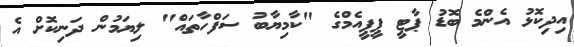
އިދިކޮޅު އެންމެ ބޮޑު ޕާޓީ ޕީޕީއެމްގެ "ކާމިޔާބު ސަފްހާތައް" ލިޔަމުން ދަނިކޮށް އެ